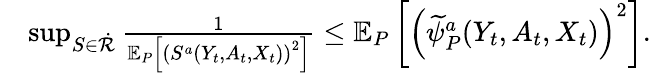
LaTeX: \begin{array}{rl}&{\operatorname*{sup}_{S\in\dot{\mathcal{R}}}\frac{1}{\mathbb{E}_{P}\left[\left(S^{a}(Y_{t},A_{t},X_{t})\right)^{2}\right]}\leq\mathbb{E}_{P}\left[\left(\widetilde{\psi}_{P}^{a}(Y_{t},A_{t},X_{t})\right)^{2}\right].}\end{array}